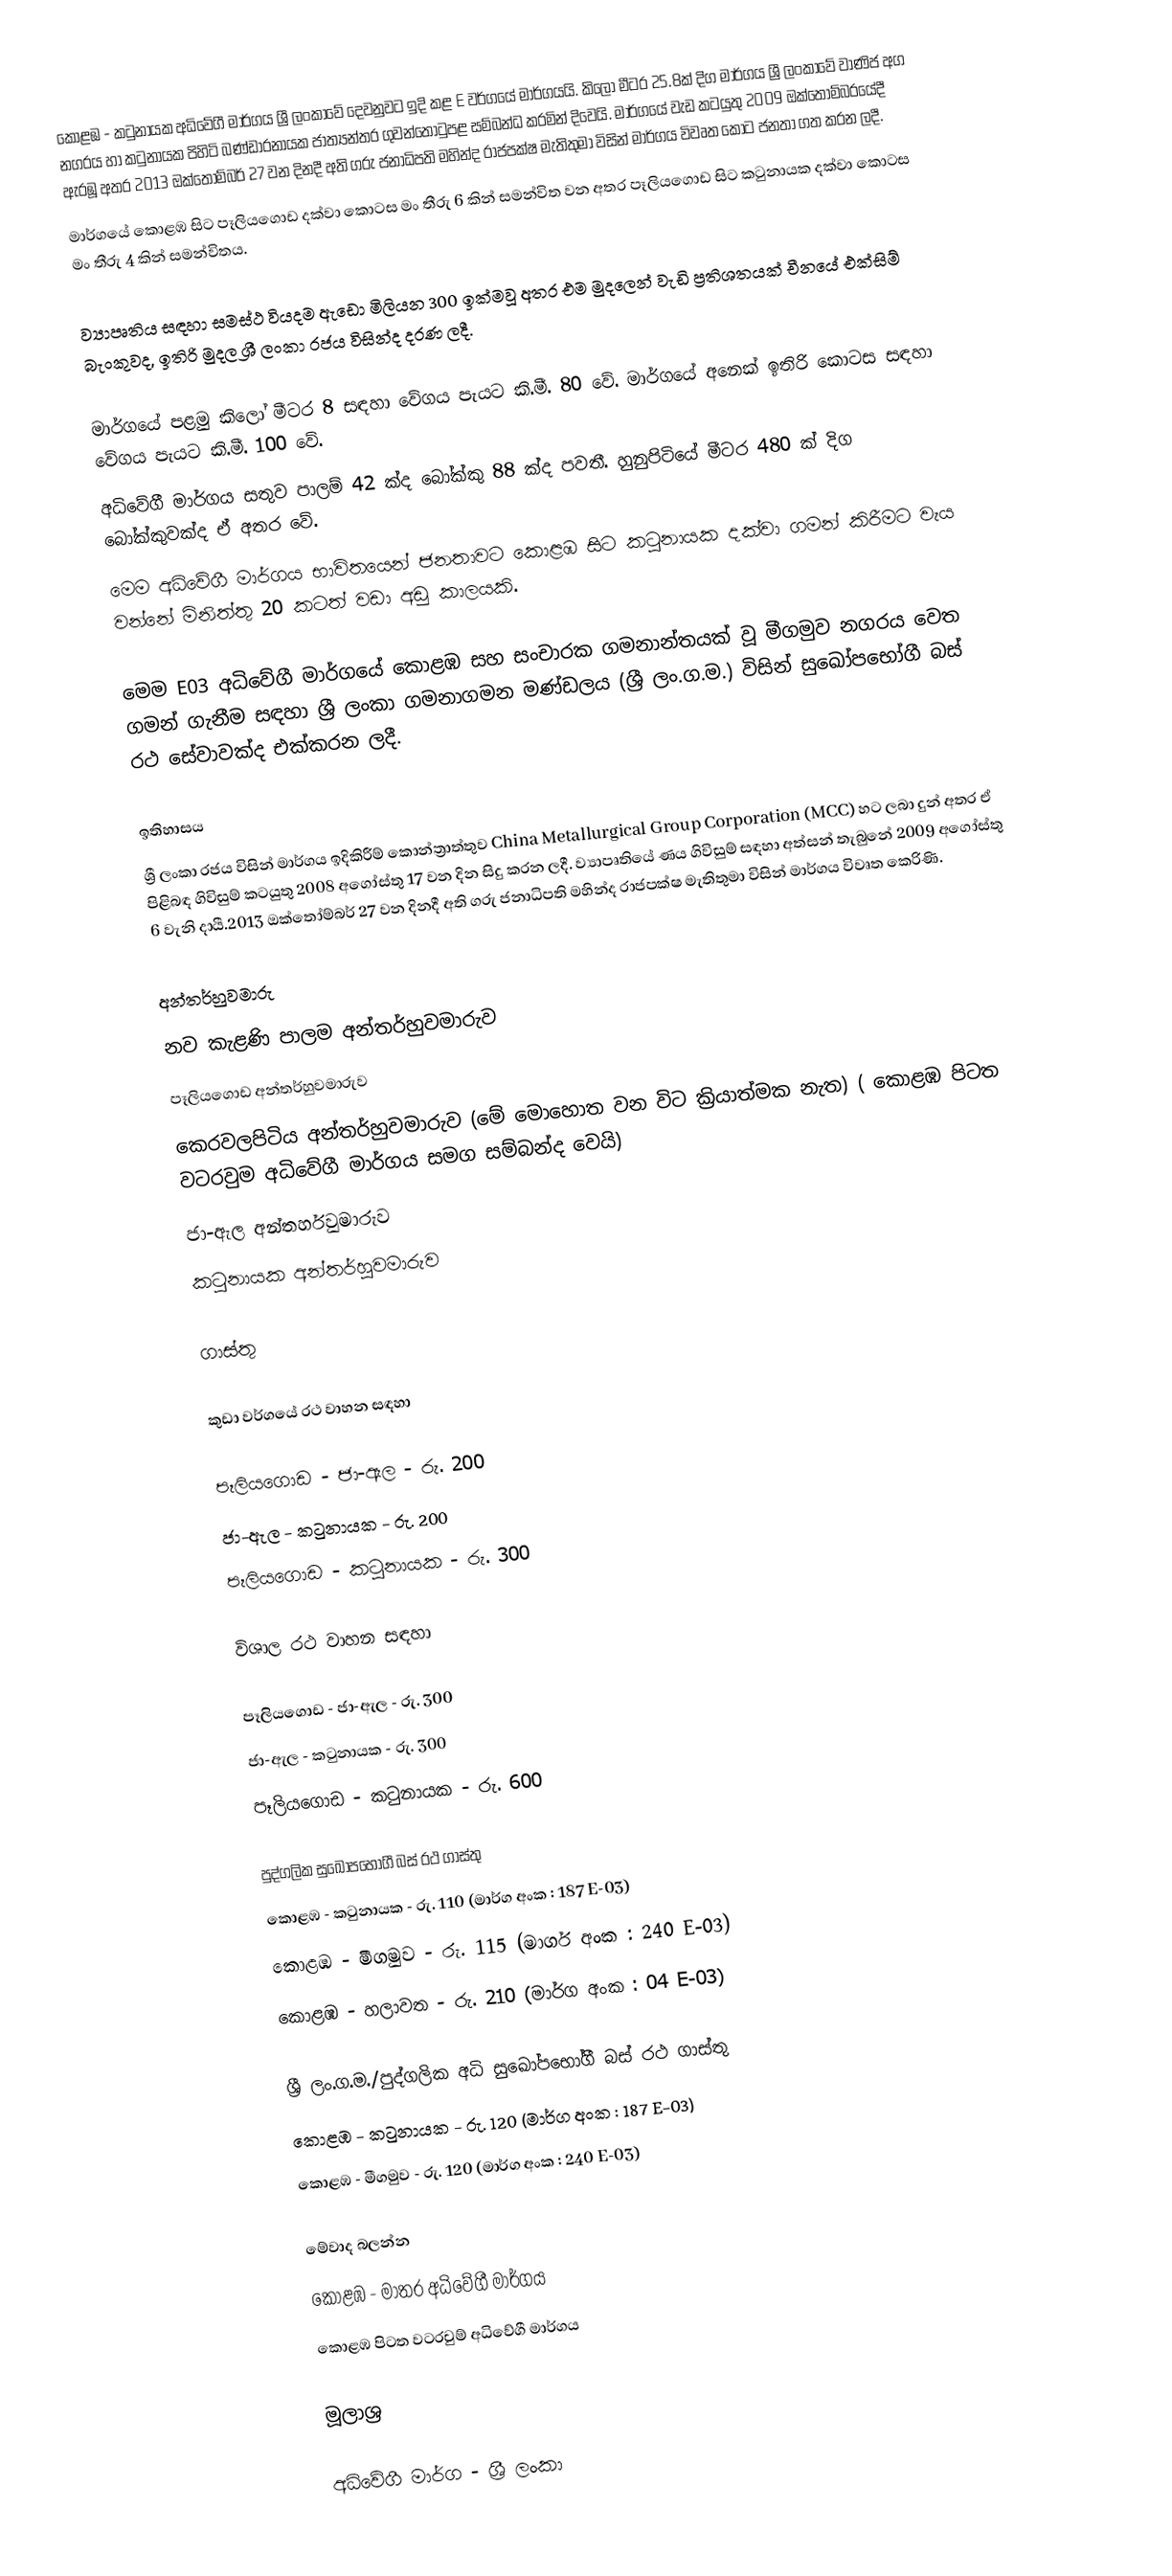
කොළඹ - කටුනායක අධිවේගී මාර්ගය ශ්‍රී ලංකාවේ දෙවනුවට ඉදි කළ E වර්ගයේ මාර්ගයයි. කිලෝ මීටර 25.8ක් දිග මාර්ගය ශ්‍රී ලංකාවේ වාණිජ අග නගරය හා කටුනායක පිහිටි බණ්ඩාරනායක ජාත්‍යන්තර ගුවන්තොටුපළ සම්බන්ධ කරමින් දිවෙයි. මාර්ගයේ වැඩ කටයුතු 2009 ඔක්තෝම්බරයේදී ඇරඹූ අතර 2013 ඔක්තෝම්බර් 27 වන දිනදී අති ගරු ජනාධිපති මහින්ද රාජපක්ෂ මැතිතුමා විසින් මාර්ගය විවෘත කොට ජනතා ගත කරන ලදී.
මාර්ගයේ කොළඹ සිට පෑලියගොඩ දක්වා කොටස මං තීරු 6 කින් සමන්විත වන අතර පෑලියගොඩ සිට කටුනායක දක්වා කොටස මං තීරු 4 කින් සමන්විතය.

ව්‍යාපෘතිය සඳහා සමස්ථ වියදම ඇඩො මිලියන 300 ඉක්මවූ අතර එම මුදලෙන් වැඩි ප්‍රතිශතයක් චීනයේ එක්සිම් බැංකුවද, ඉතිරි මුදල ශ්‍රී ලංකා රජය විසින්ද දරණ ලදී.

මාර්ගයේ පළමු කිලෝ මීටර 8 සඳහා වේගය පැයට කි.මී. 80 වේ. මාර්ගයේ අනෙක් ඉතිරි කොටස සඳහා වේගය පැයට කි.මී. 100 වේ.
අධිවේගී මාර්ගය සතුව පාලම් 42 ක්ද බෝක්කු 88 ක්ද පවතී. හුනුපිටියේ මීටර 480 ක් දිග බෝක්කුවක්ද ඒ අතර වේ.
මෙම අධිවේගී මාර්ගය භාවිතයෙන් ජනතාවට කොළඹ සිට කටුනායක දක්වා ගමන් කිරීමට වැය වන්නේ මිනිත්තු 20 කටත් වඩා අඩු කාලයකි.

මෙම E03 අධිවේගී මාර්ගයේ කොළඹ සහ සංචාරක ගමනාන්තයක් වූ මීගමුව නගරය වෙත ගමන් ගැනීම සඳහා ශ්‍රී ලංකා ගමනාගමන මණ්ඩලය (ශ්‍රී ලං.ග.ම.) විසින් සුඛෝපභෝගී බස් රථ සේවාවක්ද එක්කරන ලදී.

ඉතිහාසය
ශ්‍රී ලංකා රජය විසින් මාර්ගය ඉදිකිරීම් කොන්ත්‍රාත්තුව China Metallurgical Group Corporation (MCC) හට ලබා දුන් අතර ඒ පිළිබඳ ගිවිසුම් කටයුතු 2008 අගෝස්තු 17 වන දින සිදු කරන ලදී. ව්‍යාපෘතියේ ණය ගිවිසුම් සඳහා අත්සන් තැබුනේ 2009 අගෝස්තු 6 වැනි දායී.2013 ඔක්තෝම්බර් 27 වන දිනදී අති ගරු ජනාධිපති මහින්ද රාජපක්ෂ මැතිතුමා විසින් මාර්ගය විවෘත කෙරිණි.

අන්තර්හුවමාරු
නව කැළණි පාලම අන්තර්හුවමාරුව
පෑලියගොඩ අන්තර්හුවමාරුව
කෙරවලපිටිය අන්තර්හුවමාරුව (මේ මොහොත වන විට ක්‍රියාත්මක නැත) ( කොළඹ පිටත වටරවුම අධිවේගී මාර්ගය සමග සම්බන්ද වෙයි)
ජා-ඇල අන්තර්හුවමාරුව
කටුනායක අන්තර්හුවමාරුව

ගාස්තු

කුඩා වර්ගයේ රථ වාහන සඳහා

පෑලියගොඩ - ජා-ඇල - රු. 200
ජා-ඇල - කටුනායක - රු. 200
පෑලියගොඩ - කටුනායක - රු. 300

විශාල රථ වාහන සඳහා

පෑලියගොඩ - ජා-ඇල - රු. 300
ජා-ඇල - කටුනායක - රු. 300
පෑලියගොඩ - කටුනායක - රු. 600

පුද්ගලික සුඛෝපභෝගී බස් රථ ගාස්තු
කොළඹ - කටුනායක - රු. 110 (මාර්ග අංක : 187 E-03)
කොළඹ - මීගමුව - රු. 115 (මාර්ග අංක : 240 E-03)
කොළඹ - හලාවත - රු. 210 (මාර්ග අංක : 04 E-03)

ශ්‍රී ලං.ග.ම./පුද්ගලික අධි සුඛෝපභෝගී බස් රථ ගාස්තු
කොළඹ - කටුනායක - රු. 120 (මාර්ග අංක : 187 E-03)
කොළඹ - මීගමුව - රු. 120 (මාර්ග අංක : 240 E-03)

මේවාද බලන්න
කොළඹ - මාතර අධිවේගී මාර්ගය
කොළඹ පිටත වටරවුම් අධිවේගී මාර්ගය

මූලාශ්‍ර

අධිවේගී මාර්ග - ශ්‍රී ලංකා